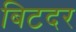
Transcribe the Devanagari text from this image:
बिटदर